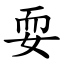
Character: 耍